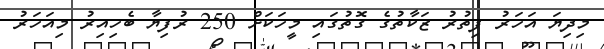
މިިދިޔަ އަހަރު ފިތުރު ޒަކާތުގެ ގޮތުގައި މީހަކަށް 250 ރުފިޔާ ބެހިއިރު މިއަހަރު